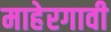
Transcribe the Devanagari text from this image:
माहेरगावी